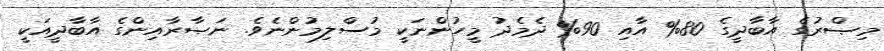
މިޞްރުގެ އާބާދީގެ 80% އާއި 90% ދެމެދު މީހުންނަކީ މުސްލިމުންނެވެ. ނަޞާރާއިންގެ އާބާދީއަކީ